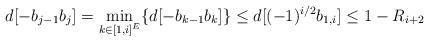
LaTeX: \begin{align*}d[-b_{j-1}b_{j}]=\min\limits_{k\in [1,i]^{E}}\{d[-b_{k-1}b_{k}]\}\le d[(-1)^{i/2}b_{1,i}]\le 1-R_{i+2}\end{align*}